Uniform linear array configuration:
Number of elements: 48
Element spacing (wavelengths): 0.5
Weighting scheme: kaiser
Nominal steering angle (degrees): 30
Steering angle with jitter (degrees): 31.604
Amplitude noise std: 0.05
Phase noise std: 0.05

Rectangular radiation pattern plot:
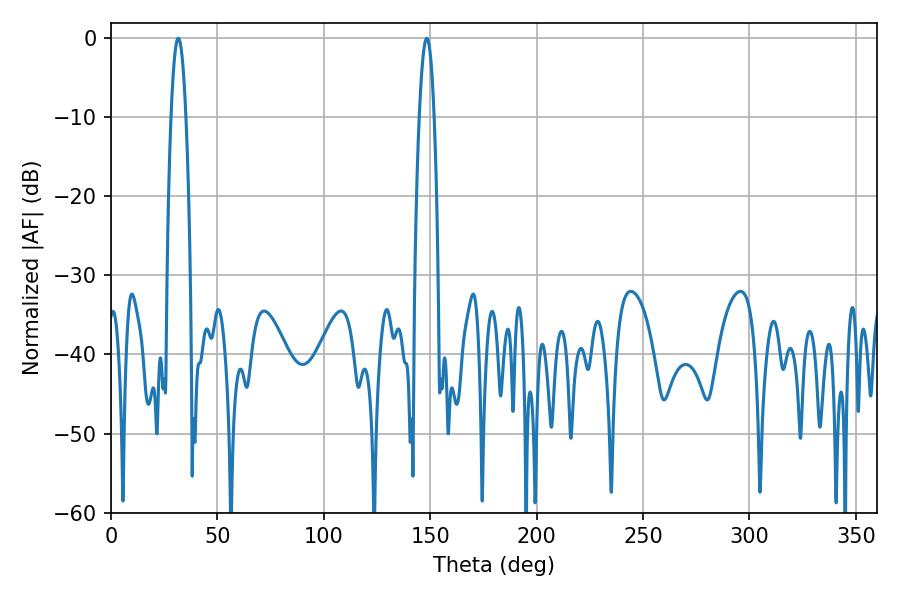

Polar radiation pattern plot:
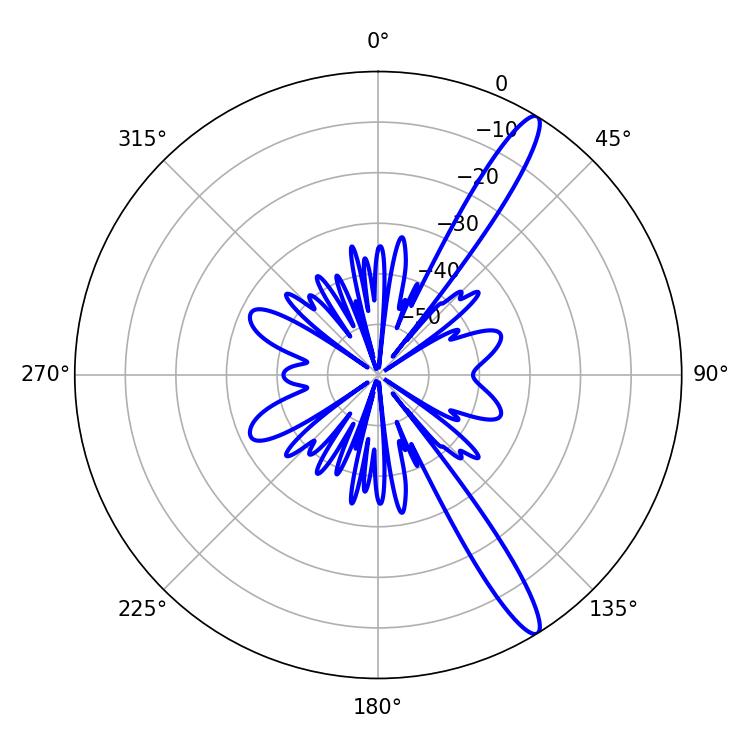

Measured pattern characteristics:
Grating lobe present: FALSE
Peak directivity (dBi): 14.177
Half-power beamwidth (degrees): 3.78
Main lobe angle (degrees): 148.32